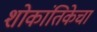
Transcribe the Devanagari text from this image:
शोकांतिकेचा